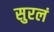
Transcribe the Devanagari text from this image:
सुरलं